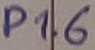
Text: P1.6